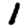
Digit: 1